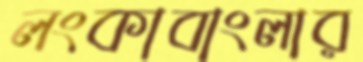
লংকাবাংলার